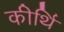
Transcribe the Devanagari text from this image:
कीर्थि